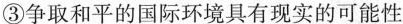
③争取和平的国际环境具有现实的可能性